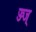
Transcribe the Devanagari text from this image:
ज्ज्ज्